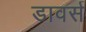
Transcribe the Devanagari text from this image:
डावर्स